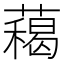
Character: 藒